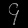
Digit: ၄